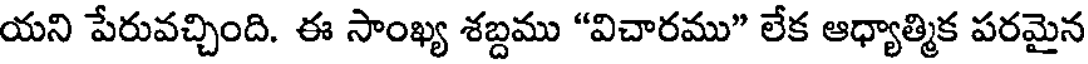
యని పేరువచ్చింది. ఈ సాంఖ్య శబ్దము "విచారము" లేక ఆధ్యాత్మిక పరమైన